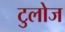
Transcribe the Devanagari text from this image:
टुलोज